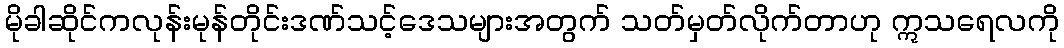
မိုခါဆိုင်ကလုန်းမုန်တိုင်းဒဏ်သင့်ဒေသများအတွက် သတ်မှတ်လိုက်တာဟု ဣသရေလကို